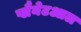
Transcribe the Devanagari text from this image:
प्लैनेटआल